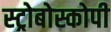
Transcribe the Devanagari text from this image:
स्ट्रोबोस्कोपी